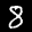
Label: 8